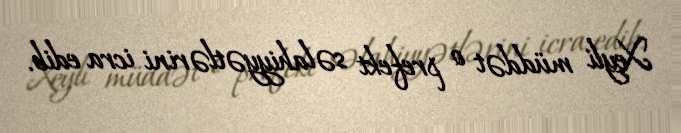
Xeyli müddət o prefekt səlahiyyətlərini icra edib.